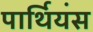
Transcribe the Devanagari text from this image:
पार्थियंस